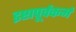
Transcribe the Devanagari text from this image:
इष्टापूर्वकर्म